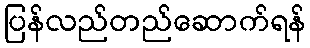
ပြန်လည်တည်ဆောက်ရန်